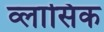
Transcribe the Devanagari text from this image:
व्लासिक